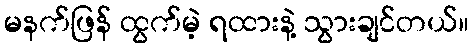
မနက်ဖြန် ထွက်မဲ့ ရထားနဲ့ သွားချင်တယ်။